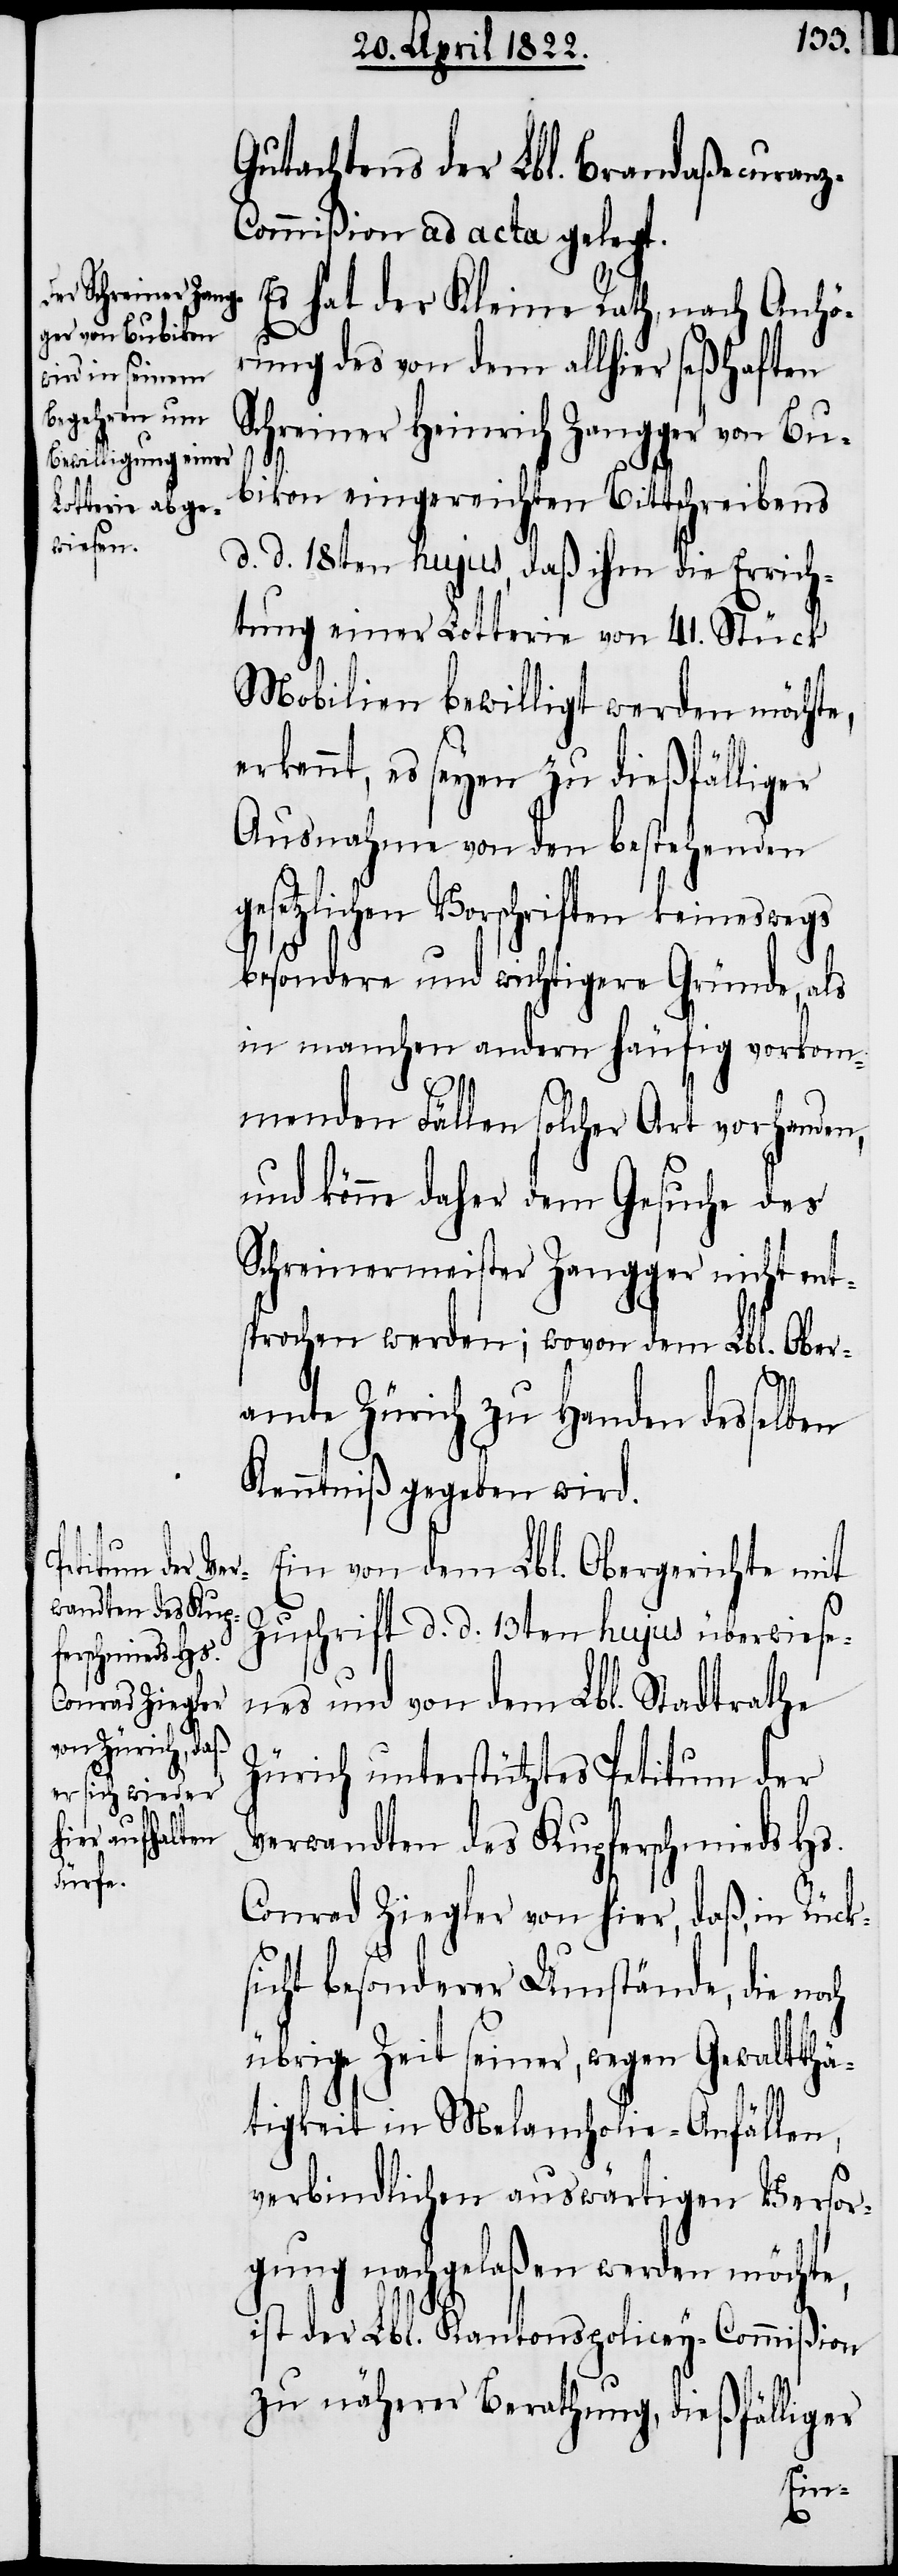
Gutachtens der Lbl. Brandaßecuranz-C¬
ommißion ad acta gelegt.
Es hat der Kleine Rath, nach Anhö¬
rung des von dem allhier seßhaften
Schreiner Heinrich Zangger von Bu¬
ge¬
bikon eingereichten Bittschreibens
d. d. 18ten hujus, daß ihm die Errich¬
tung einer Lotterie von 41. Stück
Mobilien bewilligt werden möchte,
erkennt, es seyen zu dießfäll¬
Ausnahme von den bestehenden
setzlichen Vorschriften keineswegs
besondere und wichtigere Gründe, als
in manchen andern häufig vorkom¬
menden Fällen solcher Art vorhanden,
und könne daher dem Gesuche des
Schreinermeister Zangger nicht ent¬
sprochen werden; wovon dem Lbl. Ober¬
amte Zürich zu Handen desselben
Kenntniß gegeben wird.
Ein von dem Lbl. Obergerichte mit
Zuschrift d. d. 13ten hujus überwiese¬
nes und von dem Lbl. Stadtrathe
Zürich unterstütztes Petitum der
Verwandten des Kupferschmieds Hs.
Conrad Ziegler von hier, daß in Rück¬
sicht besonderer Umstände, die noch
übrige Zeit seiner, wegen Gewaltthä¬
tigkeit in Melancholie-Anfällen,
verbindlichen auswärtigen Versor¬
gung nachgelaßen werden möchte,
ist der Lbl. Kantonspolicey-Commißion
zu näherer Berathung, dießfälliger
liger